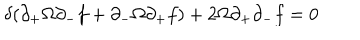
LaTeX: \delta ( \partial _ { + } \Omega \partial _ { - } f + \partial _ { - } \Omega \partial _ { + } f ) + 2 \Omega \partial _ { + } \partial _ { - } f = 0